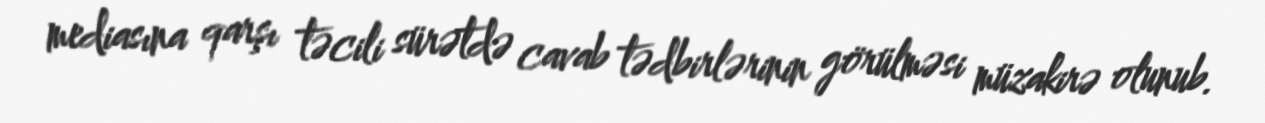
mediasına qarşı təcili sürətdə cavab tədbirlərinin görülməsi müzakirə olunub.